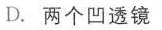
D.两个凹透镜